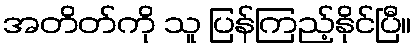
အတိတ်ကို သူ ပြန်ကြည့်နိုင်ပြီ။